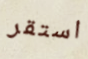
استقر